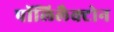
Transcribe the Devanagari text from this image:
पॉलिलैक्टोन